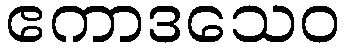
ဧကာဒသေဝ